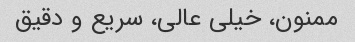
ممنون، خیلی عالی، سریع و دقیق